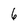
Character: 6